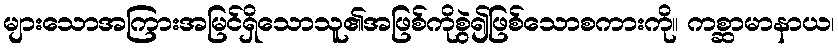
များသောအကြားအမြင်ရှိသောသူ၏အဖြစ်ကိုစွဲ၍ဖြစ်သောစကားကို။ ကစ္ဆာမာနာယ၊